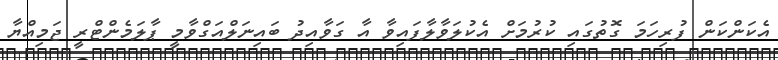
އެކަންކަން ފުރިހަމަ ގޮތުގައި ކުރުމަށް އެކުލަވާލާފައިވާ އާ ގަވާއިދު ބައިނަލްއަގްވާމީ ޕާލަމެންޓްރީ ޖަމިއްޔާ